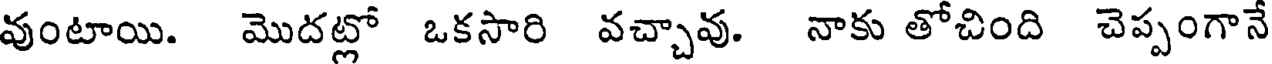
వుంటాయి. మొదట్లో ఒకసారి వచ్చావు. నాకు తోచింది చెప్పంగానే